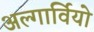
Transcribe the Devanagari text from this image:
अल्गार्वियो